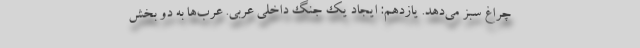
چراغ سبز می‌دهد. یازدهم: ایجاد یک جنگ داخلی عربی. عرب‌ها به دو بخش